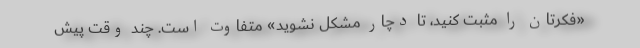
«فکرتان را مثبت کنید، تا دچار مشکل نشوید» متفاوت است. چند وقت پیش